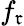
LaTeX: f_{\mathfrak{r}}